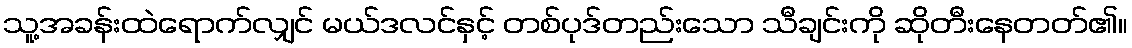
သူ့အခန်းထဲရောက်လျှင် မယ်ဒလင်နှင့် တစ်ပုဒ်တည်းသော သီချင်းကို ဆိုတီးနေတတ်၏။